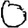
Digit: 0